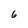
Character: 6